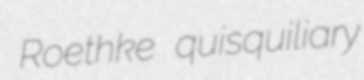
Roethke quisquiliary